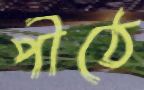
পীঠে